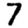
Digit: 7